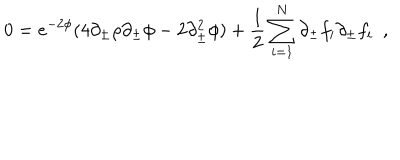
LaTeX: 0 = e ^ { - 2 \phi } ( 4 \partial _ { \pm } \rho \partial _ { \pm } \phi - 2 \partial _ { \pm } ^ { 2 } \phi ) + { \frac { 1 } { 2 } } \sum _ { i = 1 } ^ { N } \partial _ { \pm } f _ { i } \partial _ { \pm } f _ { i } \ \ ,